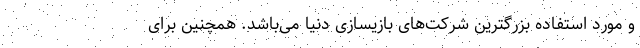
و مورد استفاده بزرگترین شرکت‌های بازیسازی دنیا می‌باشد. همچنین برای